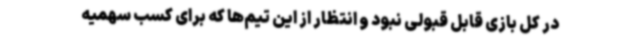
در کل بازی قابل قبولی نبود و انتظار از این تیم‌ها که برای کسب سهمیه